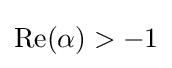
\operatorname {Re} (\alpha )>-1